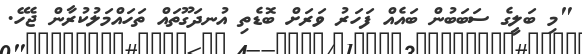
"މި ބަލީގެ ސަބަބުން ބައެއް ފަހަރު ވަރަށް ބޮޑެތި އުނދަގޫތައް ތަހައްމަލުކުރާން ޖެހޭ.